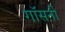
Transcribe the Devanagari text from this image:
गॉसनी